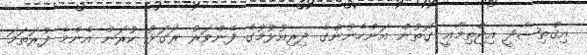
އިޤްތިޞާދީ އިޖްތިމާޢީ ގޮތުން އަންހެނުންގެ ދިރިއުޅުމުގެ ފެންވަރު ރަގަޅު ކުރަން އެންމެ ފުރަތަމަ